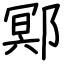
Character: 鄍